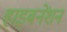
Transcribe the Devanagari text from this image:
हाइबनेंशन